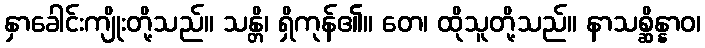
နှာခေါင်းကျိုးတို့သည်။ သန္တိ၊ ရှိကုန်၏။ တေ၊ ထိုသူတို့သည်။ နာသစ္ဆိန္နာဝ၊